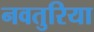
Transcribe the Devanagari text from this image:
नवतुरिया